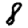
Digit: 8